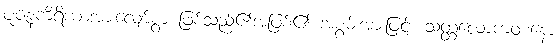
ပူဇနကိရိယာအားလျော်စွာ ဖြစ်သည်၏အဖြစ်၏ အစွမ်းအားဖြင့်။ သတ္တလောကဝစနော